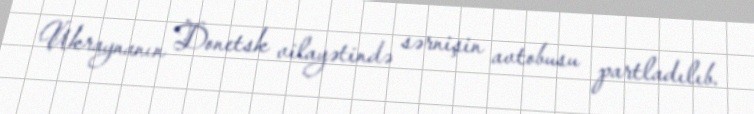
Ukraynanın Donetsk vilayətində sərnişin avtobusu partladılıb.